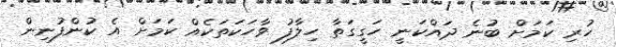
ހުރި ކަމަށް ބުނެ ދައްކަނީ ހަގީގަތާ ހިލާފު ވާހަކަތަކެއް ކަމަށް އެ ކުންފުނިން